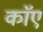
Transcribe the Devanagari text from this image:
काॅए